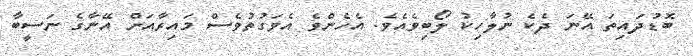
ބޮޑުދައިތަ އޭނަ ދެކެ ނުލާހިކު ލޯބިވެއެވެ. އެހެންވެ އެވަގުތުވެސް މައިރާއަށް އޭނާގެ ނަސީބާ